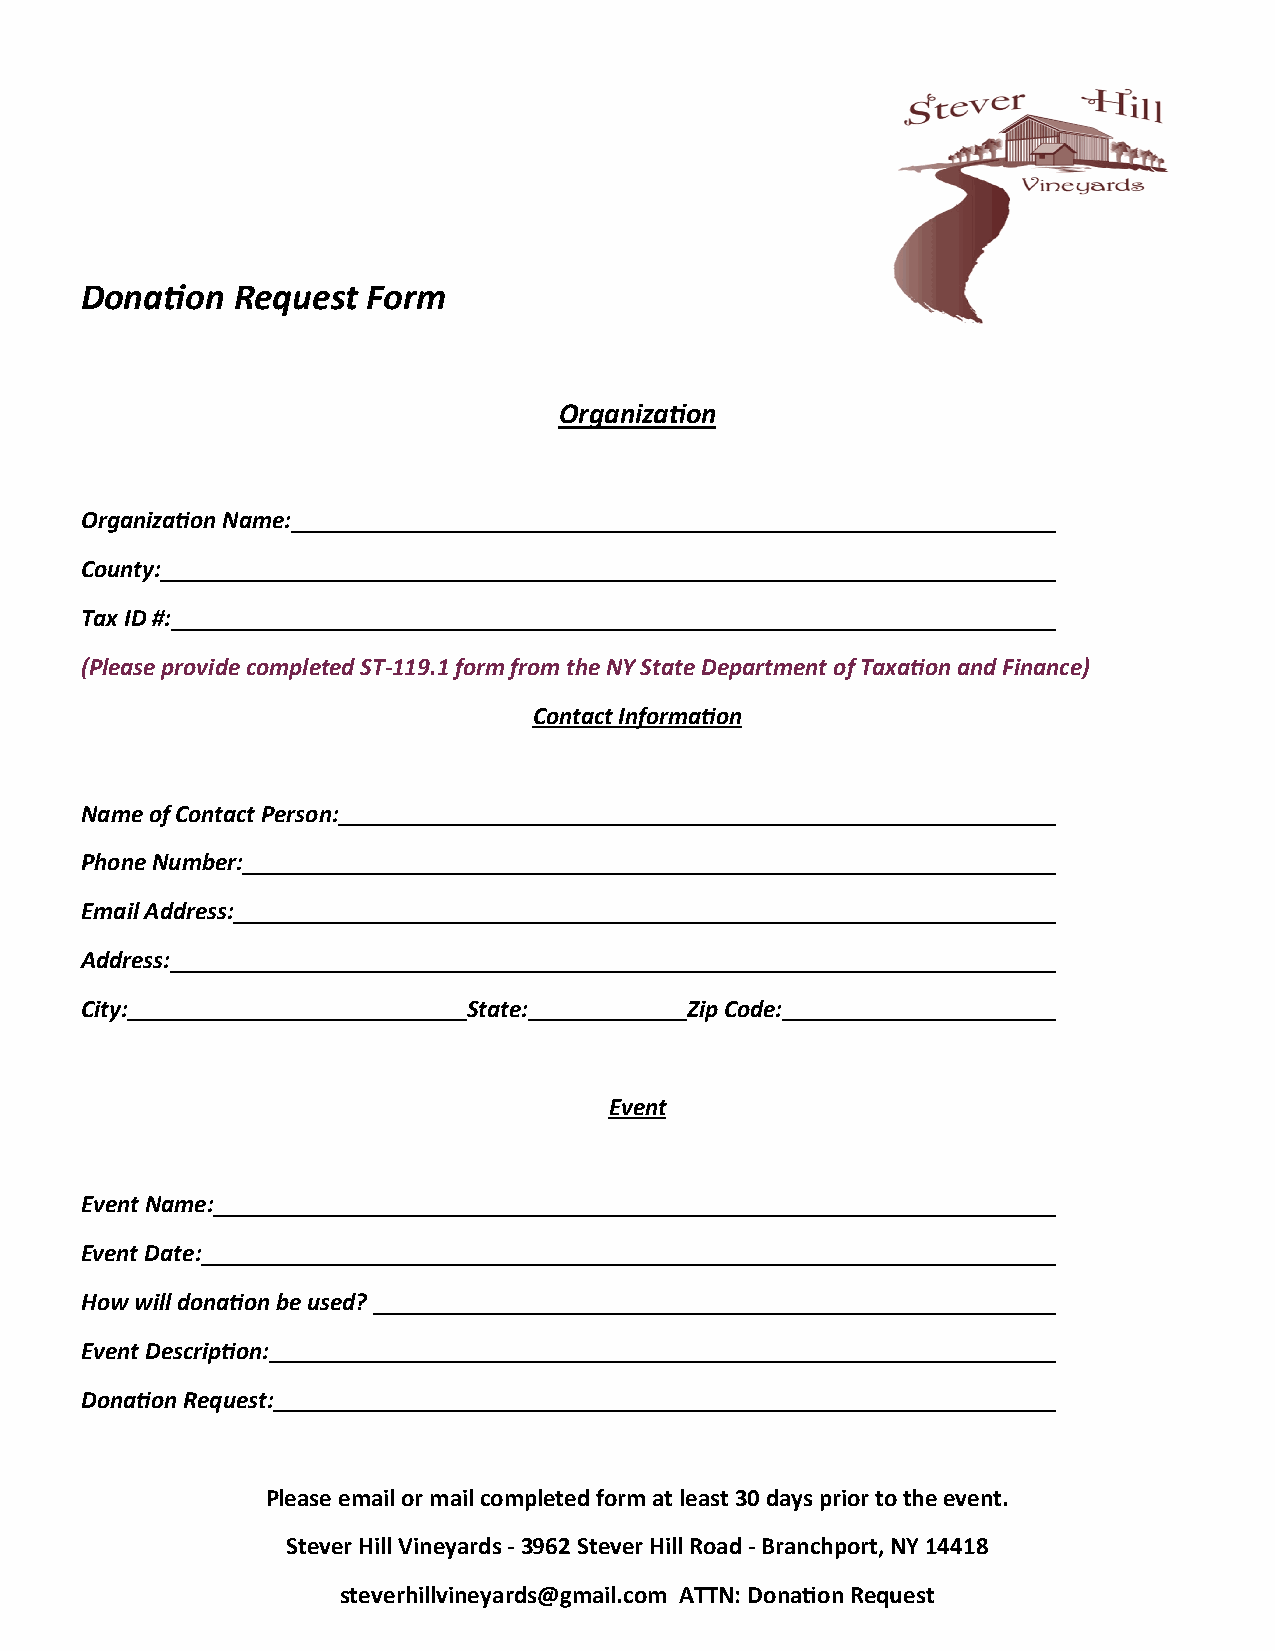
Donation  Request  Form
 Organization
 Organization Name:
 County:
 Tax ID #:
 (Please provide completed ST-119.1 form from the NY State Department of Taxation and Finance)
 Contact Information
 Name of Contact Person:
 Phone Number:
 Email Address:
 Address:
 City:                     State:        Zip Code:
 Event
 Event Name:
 Event Date:
 How will donation be used?
 Event Description:
 Donation Request:
 Please email or mail completed form at least 30 days prior to the event.
 Stever Hill Vineyards - 3962 Stever Hill Road - Branchport, NY 14418
 steverhillvineyards@gmail.com ATTN: Donation Request